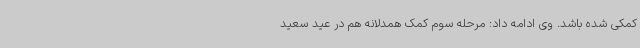
کمکی شده باشد. وی ادامه داد: مرحله سوم کمک همدلانه هم در عید سعید